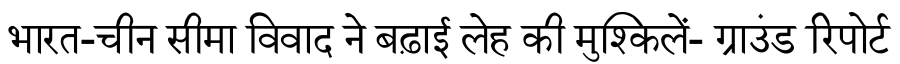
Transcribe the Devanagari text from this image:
भारत-चीन सीमा विवाद ने बढ़ाई लेह की मुश्किलें- ग्राउंड रिपोर्ट